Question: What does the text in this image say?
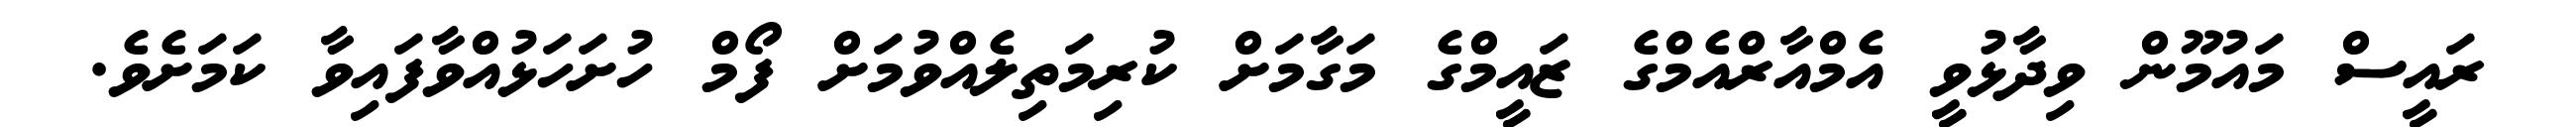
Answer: ރައީސް މައުމޫން ވިދާޅުވީ އެމްއާރްއެމްގެ ޒައީމްގެ މަގާމަށް ކުރިމަތިލެއްވުމަށް ފޯމް ހުށަހަޅުއްވާފައިވާ ކަމަށެވެ.